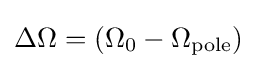
\Delta \Omega =(\Omega _{0}-\Omega _{\mathrm {pole} })